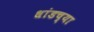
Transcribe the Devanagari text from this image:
धांडच्या